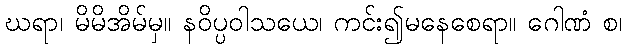
ဃရာ၊ မိမိအိမ်မှ။ နဝိပ္ပဝါသယေ၊ ကင်း၍မနေစေရာ။ ဂေါဏံ စ၊